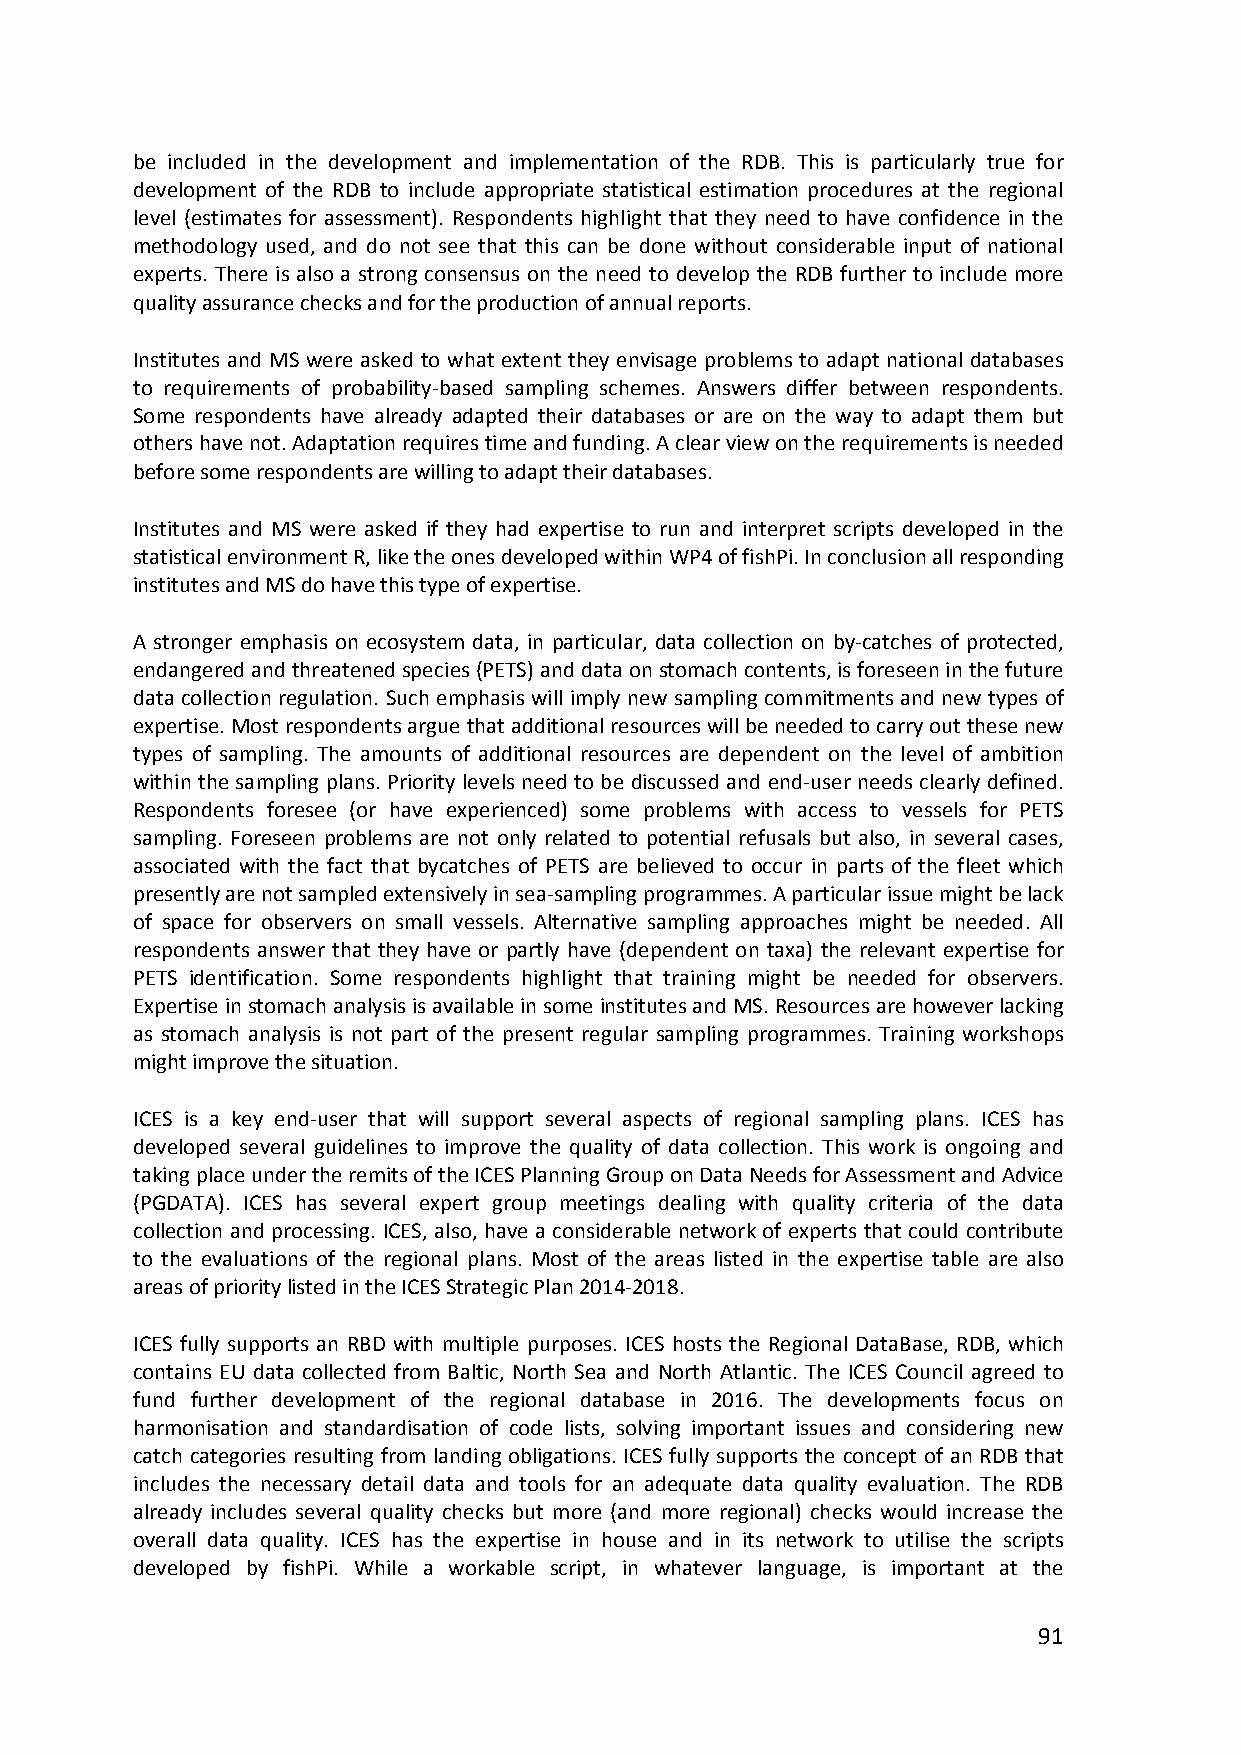
be included in the development and implementation of the RDB. This is particularly true for
 development of the RDB to include appropriate statistical estimation procedures at the regional
 level (estimates for assessment). Respondents highlight that they need to have confidence in the
 methodology used, and do not see that this can be done without considerable input of national
 experts. There is also a strong consensus on the need to develop the RDB further to include more
 quality assurance checks and for the production of annual reports.
 Institutes and MS were asked to what extent they envisage problems to adapt national databases
 to requirements of probability‐based sampling schemes. Answers differ between respondents.
 Some respondents have already adapted their databases or are on the way to adapt them but
 others have not. Adaptation requires time and funding. A clear view on the requirements is needed
 before some respondents are willing to adapt their databases.
 Institutes and MS were asked if they had expertise to run and interpret scripts developed in the
 statistical environment R, like the ones developed within WP4 of fishPi. In conclusion all responding
 institutes and MS do have this type of expertise.
 A stronger emphasis on ecosystem data, in particular, data collection on by‐catches of protected,
 endangered and threatened species (PETS) and data on stomach contents, is foreseen in the future
 data collection regulation. Such emphasis will imply new sampling commitments and new types of
 expertise. Most respondents argue that additional resources will be needed to carry out these new
 types of sampling. The amounts of additional resources are dependent on the level of ambition
 within the sampling plans. Priority levels need to be discussed and end‐user needs clearly defined.
 Respondents foresee (or have experienced) some problems with access to vessels for PETS
 sampling. Foreseen problems are not only related to potential refusals but also, in several cases,
 associated with the fact that bycatches of PETS are believed to occur in parts of the fleet which
 presently are not sampled extensively in sea‐sampling programmes. A particular issue might be lack
 of space for observers on small vessels. Alternative sampling approaches might be needed. All
 respondents answer that they have or partly have (dependent on taxa) the relevant expertise for
 PETS identification. Some respondents highlight that training might be needed for observers.
 Expertise in stomach analysis is available in some institutes and MS. Resources are however lacking
 as stomach analysis is not part of the present regular sampling programmes. Training workshops
 might improve the situation.
 ICES is a key end‐user that will support several aspects of regional sampling plans. ICES has
 developed several guidelines to improve the quality of data collection. This work is ongoing and
 taking place under the remits of the ICES Planning Group on Data Needs for Assessment and Advice
 (PGDATA). ICES has several expert group meetings dealing with quality criteria of the data
 collection and processing. ICES, also, have a considerable network of experts that could contribute
 to the evaluations of the regional plans. Most of the areas listed in the expertise table are also
 areas of priority listed in the ICES Strategic Plan 2014‐2018.
 ICES fully supports an RBD with multiple purposes. ICES hosts the Regional DataBase, RDB, which
 contains EU data collected from Baltic, North Sea and North Atlantic. The ICES Council agreed to
 fund further development of the regional database in 2016. The developments focus on
 harmonisation and standardisation of code lists, solving important issues and considering new
 catch categories resulting from landing obligations. ICES fully supports the concept of an RDB that
 includes the necessary detail data and tools for an adequate data quality evaluation. The RDB
 already includes several quality checks but more (and more regional) checks would increase the
 overall data quality. ICES has the expertise in house and in its network to utilise the scripts
 developed by fishPi. While a workable script, in whatever language, is important at the
 91